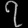
Digit: ၇